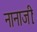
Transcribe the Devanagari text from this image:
नानाजीः